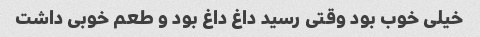
خیلی خوب بود وقتی رسید داغ داغ بود و طعم خوبی داشت